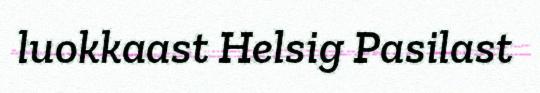
luokkaast Helsig Pasilast